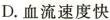
D.血流速度快